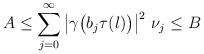
LaTeX: \begin{align*}A\leq\sum_{j=0}^\infty\left|\gamma\bigl(b_j\tau(l)\bigr)\right|^2\,\nu_j\leq B\end{align*}